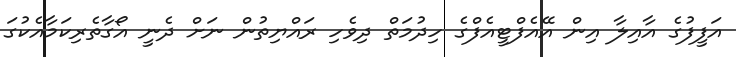
އަފީފުގެ އާއިލާ އިން އޭއެފްޓީއެފްގެ ހިދުމަތް ދިވެހި ރައްޔިތުން ނަށް ދެނީ އޯގާތެރިކަމާއެކުގަ